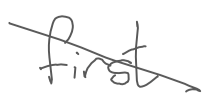
Text: first
Cross-out: diagonal
Writing tool: digital_gray